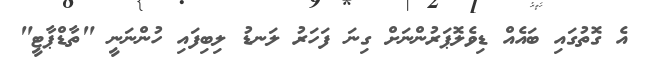
އެ ގޮތުގައި ބައެއް ޑިވެލޮޕަރުންނަށް ގިނަ ފަހަރު ލަނޑު ލިބިފައި ހުންނަނީ "ތާޑްޕާޓީ"